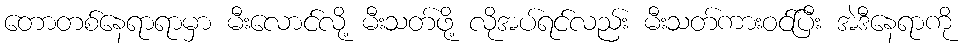
တောတစ်နေရာရာမှာ မီးလောင်လို့ မီးသတ်ဖို့ လိုအပ်ရင်လည်း မီးသတ်ကားဝင်ပြီး အဲဒီနေရာကို